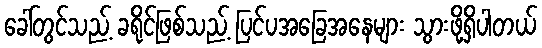
ခေါ်တွင်သည့် ခရိုင်ဖြစ်သည့် ပြင်ပအခြေအနေများ သွားဖို့ရှိပါတယ်